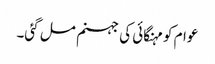
عوام کو مہنگائی کی جہنم مل گئی۔